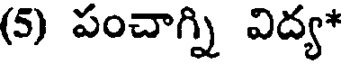
(5) పంచాగ్ని విద్య*